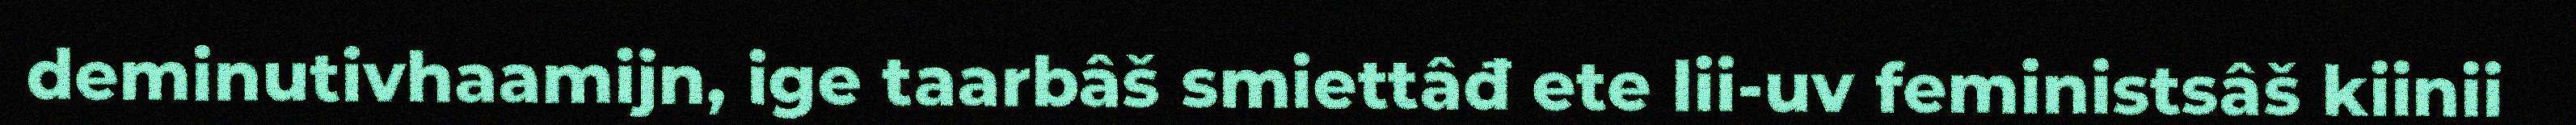
deminutivhaamijn, ige taarbâš smiettâđ ete lii-uv feministsâš kiinii